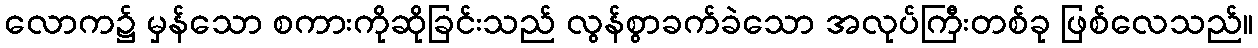
လောက၌ မှန်သော စကားကိုဆိုခြင်းသည် လွန်စွာခက်ခဲသော အလုပ်ကြီးတစ်ခု ဖြစ်လေသည်။